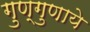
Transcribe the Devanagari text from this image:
गुण्गुणाये